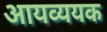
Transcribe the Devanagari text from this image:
आयव्ययक